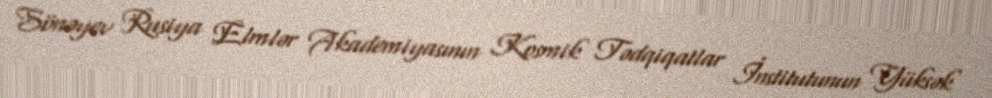
Sönəyev Rusiya Elmlər Akademiyasının Kosmik Tədqiqatlar İnstitutunun Yüksək